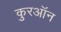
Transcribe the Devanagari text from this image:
कुरऑन